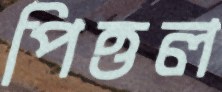
পিত্তল